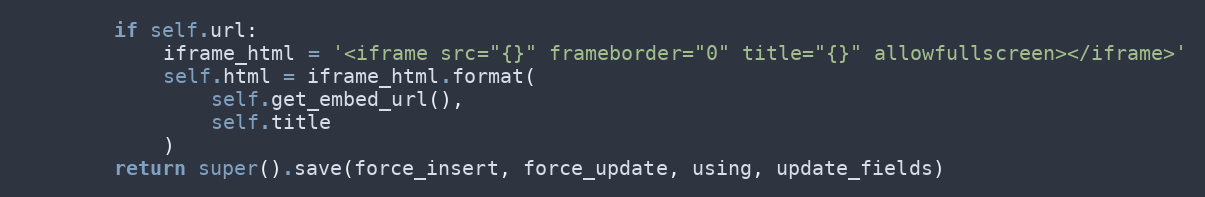
Language: Python
        if self.url:
            iframe_html = '<iframe src="{}" frameborder="0" title="{}" allowfullscreen></iframe>'
            self.html = iframe_html.format(
                self.get_embed_url(),
                self.title
            )
        return super().save(force_insert, force_update, using, update_fields)